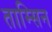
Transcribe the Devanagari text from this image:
ताम्सिन